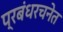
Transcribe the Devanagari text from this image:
प्रबंधरचनेत